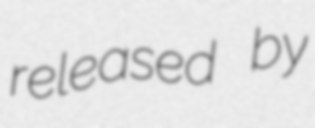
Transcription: released by